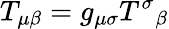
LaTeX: T_{\mu\beta}=g_{\mu\sigma}T^{\sigma}{}_{\beta}